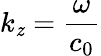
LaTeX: k_{\mathit{z}}=\frac{{\omega}}{{c_{0}}}